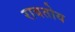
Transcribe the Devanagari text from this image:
राबतोय